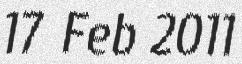
17 Feb 2011